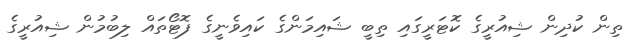
ތިން ކުދިން ޝިއުރީގެ ކޮޓަރީގައި ތިބީ ޝައިމަންގެ ކައިވެނީގެ ފޮޓޯތައް ލިބުމުން ޝިއުރީގެ